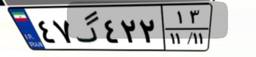
۶۹گ۶۴۰۸۶